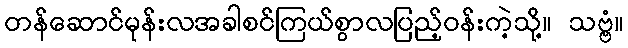
တန်ဆောင်မုန်းလအခါစင်ကြယ်စွာလပြည့်ဝန်းကဲ့သို့။ သဗ္ဗံ။